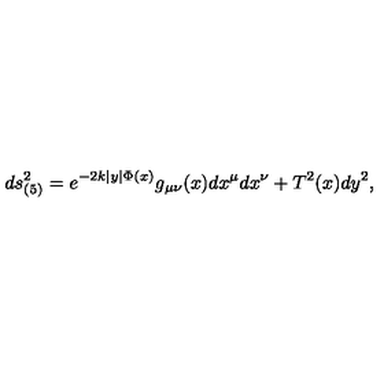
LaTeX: d s _ { ( 5 ) } ^ { 2 } = e ^ { - 2 k | y | \Phi ( x ) } g _ { \mu \nu } ( x ) d x ^ { \mu } d x ^ { \nu } + T ^ { 2 } ( x ) d y ^ { 2 } ,